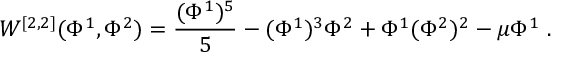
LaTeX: W ^ { [ 2 , 2 ] } ( \Phi ^ { 1 } , \Phi ^ { 2 } ) = { \frac { ( \Phi ^ { 1 } ) ^ { 5 } } { 5 } } - ( \Phi ^ { 1 } ) ^ { 3 } \Phi ^ { 2 } + \Phi ^ { 1 } ( \Phi ^ { 2 } ) ^ { 2 } - \mu \Phi ^ { 1 } ~ .